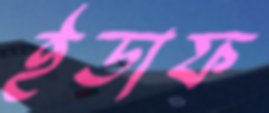
ইডাফ